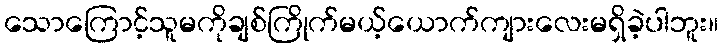
သောကြောင့်သူမကိုချစ်ကြိုက်မယ့်ယောက်ကျားလေးမရှိခဲ့ပါဘူး။